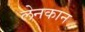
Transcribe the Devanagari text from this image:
लेनकान